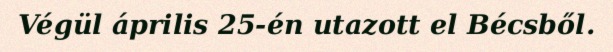
Végül április 25-én utazott el Bécsből.